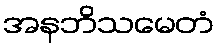
အနဘိသမေတံ